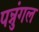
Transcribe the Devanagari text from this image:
पन्नुंगल